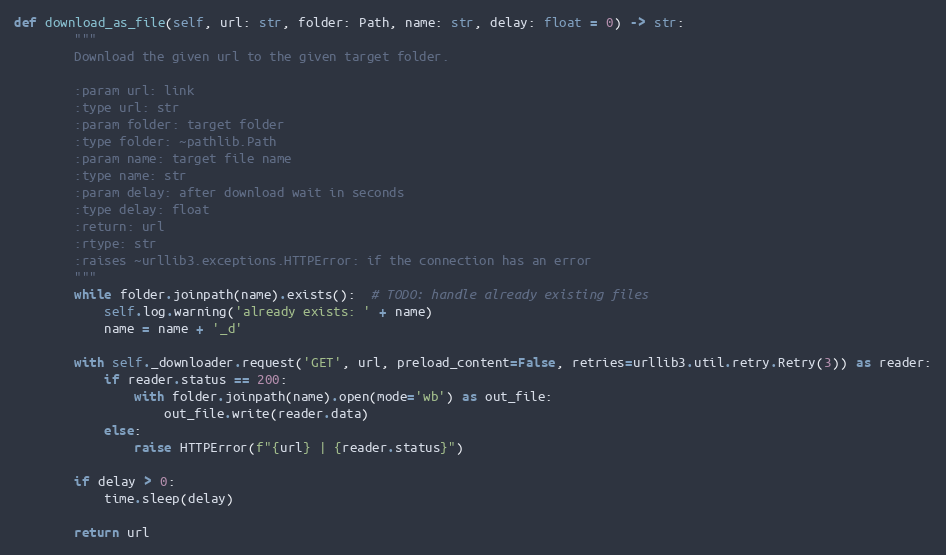
Language: Python
def download_as_file(self, url: str, folder: Path, name: str, delay: float = 0) -> str:
        """
        Download the given url to the given target folder.

        :param url: link
        :type url: str
        :param folder: target folder
        :type folder: ~pathlib.Path
        :param name: target file name
        :type name: str
        :param delay: after download wait in seconds
        :type delay: float
        :return: url
        :rtype: str
        :raises ~urllib3.exceptions.HTTPError: if the connection has an error
        """
        while folder.joinpath(name).exists():  # TODO: handle already existing files
            self.log.warning('already exists: ' + name)
            name = name + '_d'

        with self._downloader.request('GET', url, preload_content=False, retries=urllib3.util.retry.Retry(3)) as reader:
            if reader.status == 200:
                with folder.joinpath(name).open(mode='wb') as out_file:
                    out_file.write(reader.data)
            else:
                raise HTTPError(f"{url} | {reader.status}")

        if delay > 0:
            time.sleep(delay)

        return url